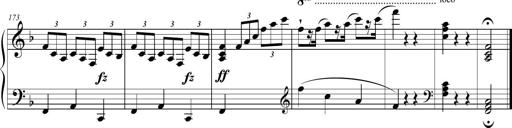
Title: 2 Sonatines faciles et brillantes pour le piano-forte seul
Composer: Carl Czerny